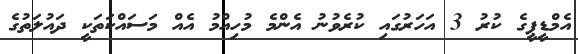
އެމްޑީޕީގެ ކުރު 3 އަހަރުގައި ކުރެވުނު އެންމެ މުހިއްމު އެއް މަސައްކަތަކީ ދައުލަތުގެ